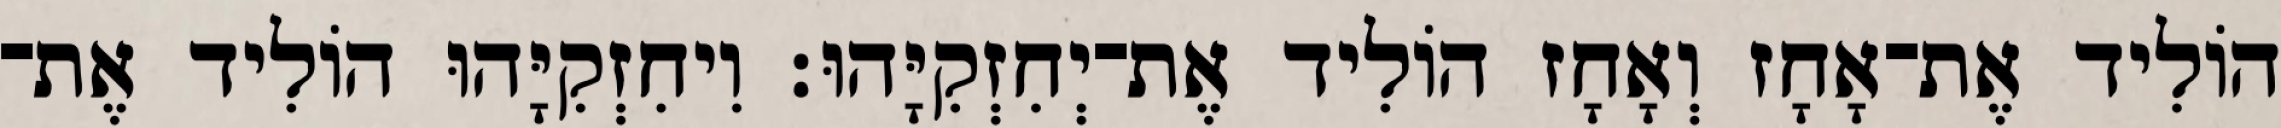
הוֹלִיד אֶת־אָחָז וְאָחָז הוֹלִיד אֶת־יְחִזְקִיָּהוּ׃ וִיחִזְקִיָּהוּ הוֹלִיד אֶת־